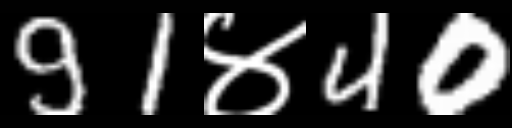
Text: 91४40